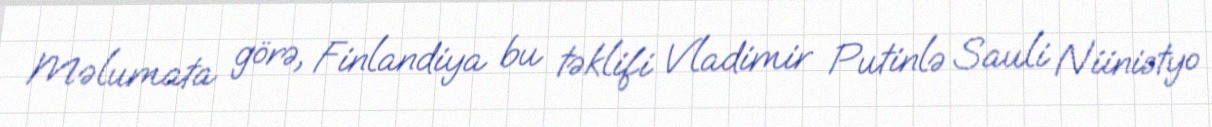
Məlumata görə, Finlandiya bu təklifi Vladimir Putinlə Sauli Niinistyo